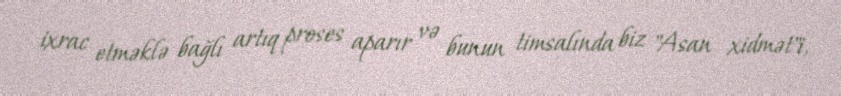
ixrac etməklə bağlı artıq proses aparır və bunun timsalında biz "Asan xidmət"i,